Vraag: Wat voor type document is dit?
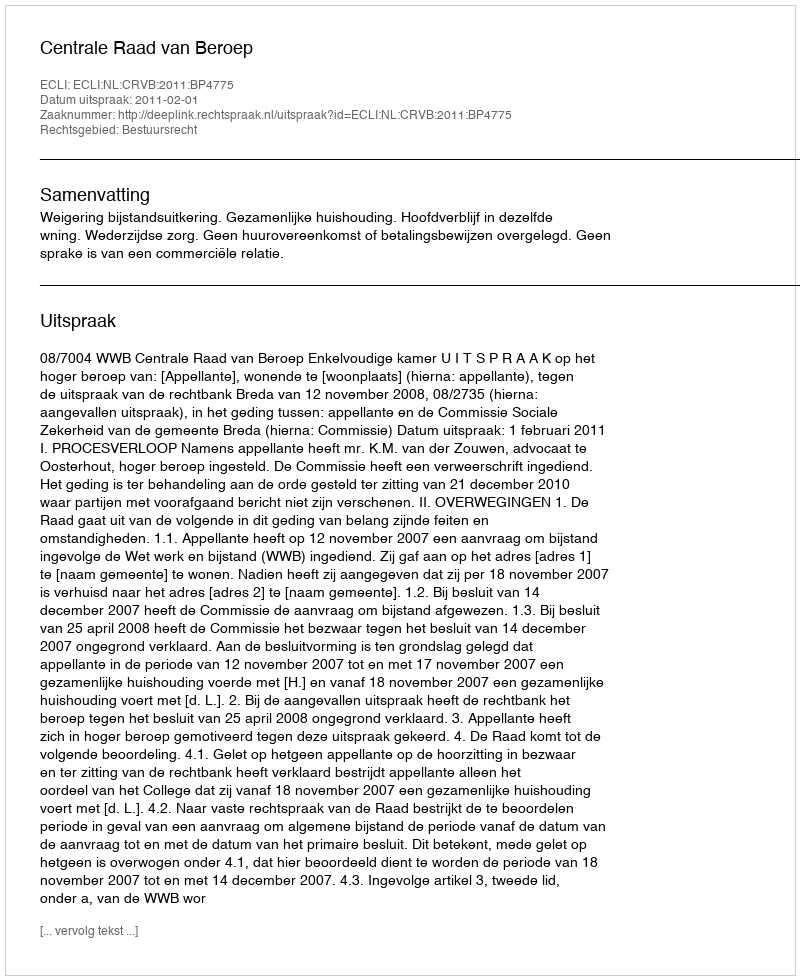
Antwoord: Uitspraak